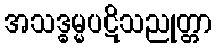
အသဒ္ဓမ္မပဋိသညုတ္တာ